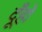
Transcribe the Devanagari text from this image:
दूँहों